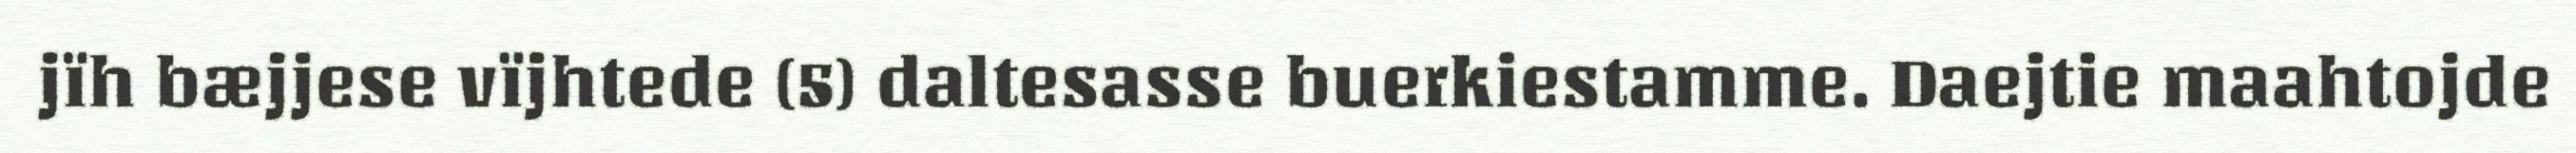
jïh bæjjese vïjhtede (5) daltesasse buerkiestamme. Daejtie maahtojde